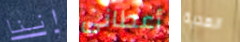
اننا أعطانى الهدية